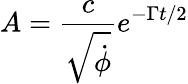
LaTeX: A=\frac{c}{\sqrt{\dot{\phi}}}e^{-\Gamma t/2}